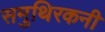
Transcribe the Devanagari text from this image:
समुथिरकनी